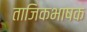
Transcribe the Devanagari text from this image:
ताजिकभाषक